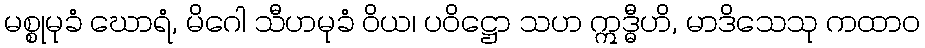
မစ္စုမုခံ ဃောရံ, မိဂေါ သီဟမုခံ ဝိယ၊ ပဝိဋ္ဌော သဟ ဣဒ္ဓီဟိ, မာဒိသေသု ကထာဝ